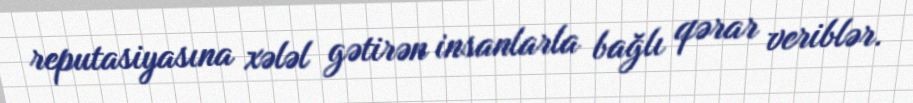
reputasiyasına xələl gətirən insanlarla bağlı qərar veriblər.